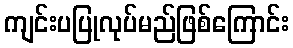
ကျင်းပပြုလုပ်မည်ဖြစ်ကြောင်း